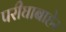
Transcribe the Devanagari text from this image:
परीघाबाहेर